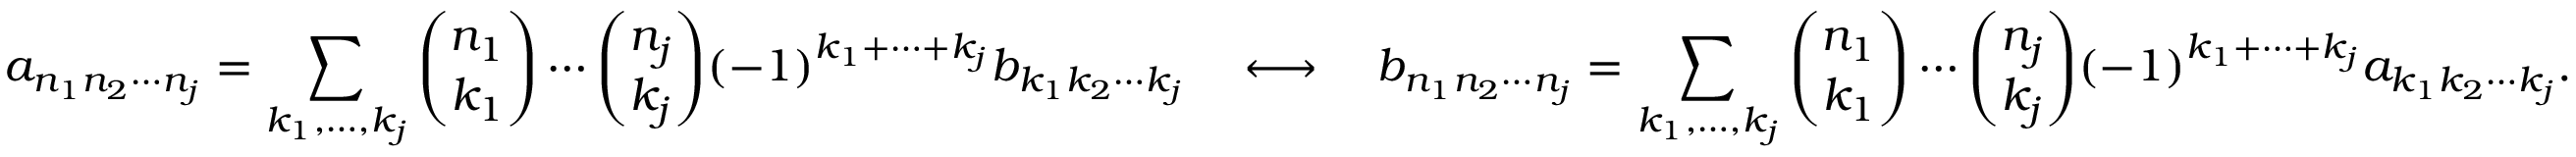
a _ { n _ { 1 } n _ { 2 } \cdots n _ { j } } = \sum _ { k _ { 1 } , \ldots , k _ { j } } { \binom { n _ { 1 } } { k _ { 1 } } } \cdots { \binom { n _ { j } } { k _ { j } } } ( - 1 ) ^ { k _ { 1 } + \cdots + k _ { j } } b _ { k _ { 1 } k _ { 2 } \cdots k _ { j } } \quad \longleftrightarrow \quad b _ { n _ { 1 } n _ { 2 } \cdots n _ { j } } = \sum _ { k _ { 1 } , \ldots , k _ { j } } { \binom { n _ { 1 } } { k _ { 1 } } } \cdots { \binom { n _ { j } } { k _ { j } } } ( - 1 ) ^ { k _ { 1 } + \cdots + k _ { j } } a _ { k _ { 1 } k _ { 2 } \cdots k _ { j } } .